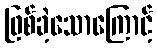
ဖြစ်ခဲ့သောကြောင့်